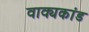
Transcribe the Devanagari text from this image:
वाक्यकांड